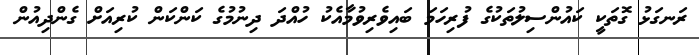
ރަނގަޅު ގޮތަކީ ކައުންސިލުތަކުގެ ފުރިހަމަ ބައިވެރިވުމާއެކު ހުއްދަ ދިނުމުގެ ކަންކަން ކުރިއަށް ގެންދިއުން